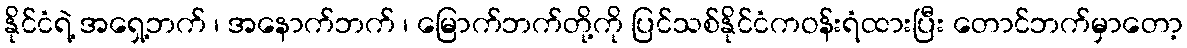
နိုင်ငံရဲ့ အရှေ့ဘက် ၊ အနောက်ဘက် ၊ မြောက်ဘက်တို့ကို ပြင်သစ်နိုင်ငံကဝန်းရံထားပြီး တောင်ဘက်မှာတော့